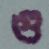
গু